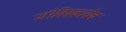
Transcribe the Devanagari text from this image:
जीवितकार्यच